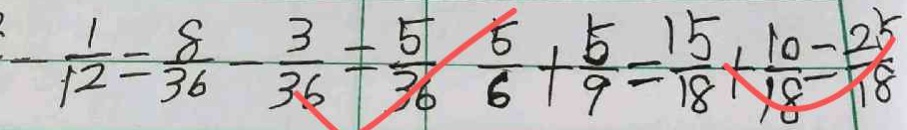
- \frac { 1 } { 1 2 } = \frac { 8 } { 3 6 } - \frac { 3 } { 3 6 } = \frac { 5 } { 3 6 } \frac { 5 } { 6 } + \frac { 5 } { 9 } = \frac { 1 5 } { 1 8 } + \frac { 1 0 } { 1 8 } = \frac { 2 5 } { 1 8 }